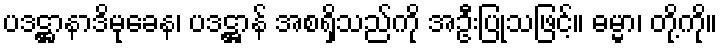
ပဒဋ္ဌာနာဒိမုခေန၊ ပဒဋ္ဌာန် အစရှိသည်ကို အဦးပြုသဖြင့်။ ဓမ္မာ၊ တို့ကို။